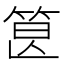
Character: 𥭷